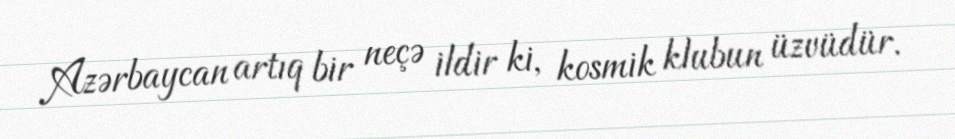
Azərbaycan artıq bir neçə ildir ki, kosmik klubun üzvüdür.